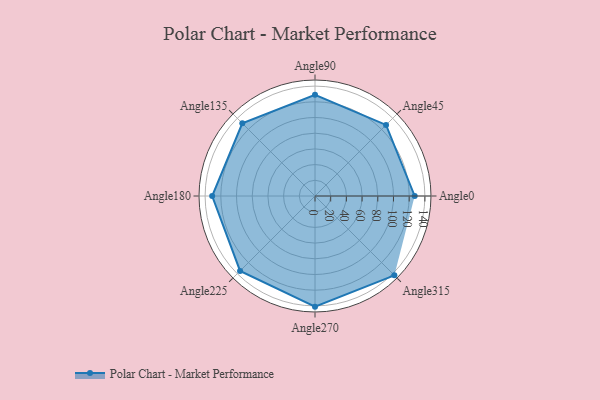
{"axis": {"x": "Angle", "y": "Radius"}, "legend": [""], "data": [{"x": "Angle0", "y": 127.0, "type": ""}, {"x": "Angle45", "y": 128.0, "type": ""}, {"x": "Angle90", "y": 129.0, "type": ""}, {"x": "Angle135", "y": 131.0, "type": ""}, {"x": "Angle180", "y": 131.0, "type": ""}, {"x": "Angle225", "y": 135.0, "type": ""}, {"x": "Angle270", "y": 141.0, "type": ""}, {"x": "Angle315", "y": 143.0, "type": ""}]}